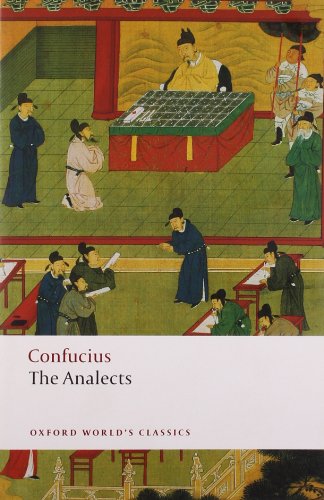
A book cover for The Analects (Oxford World's Classics); Confucius; Literature & Fiction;